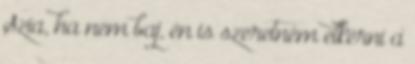
Szia, ha nem baj, én is szeretném elkérni a